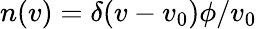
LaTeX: n(v)=\delta(v-v_{0})\phi/v_{0}